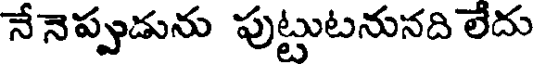
నేనెప్పుడును పుట్టుటనునది లేదు